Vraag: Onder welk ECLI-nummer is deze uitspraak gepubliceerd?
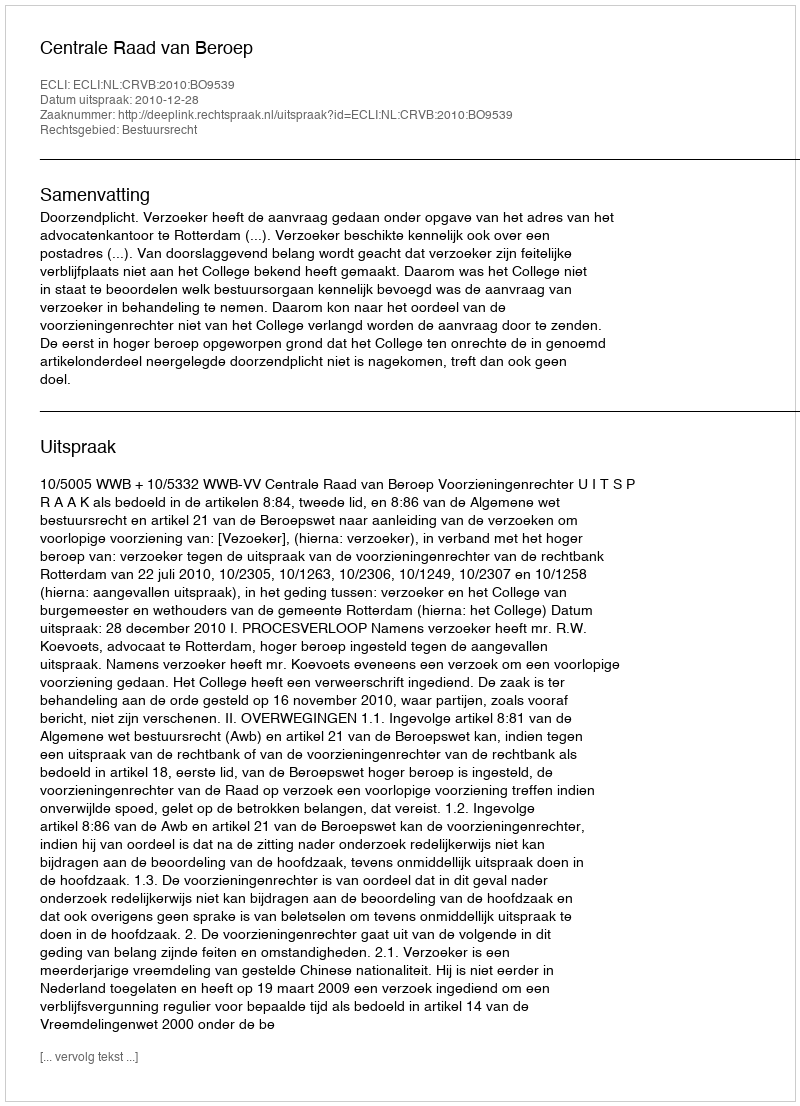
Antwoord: ECLI:NL:CRVB:2010:BO9539